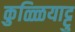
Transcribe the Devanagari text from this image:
कुळ्ळियाट्टु